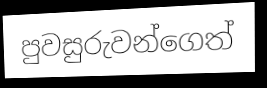
පුවසුරුවන්ගෙත්